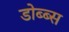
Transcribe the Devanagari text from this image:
डोब्ब्स